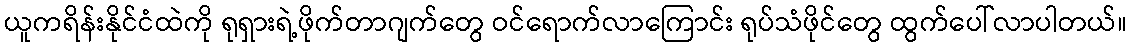
ယူကရိန်းနိုင်ငံထဲကို ရုရှားရဲ့ဖိုက်တာဂျက်တွေ ဝင်ရောက်လာကြောင်း ရုပ်သံဖိုင်တွေ ထွက်ပေါ်လာပါတယ်။